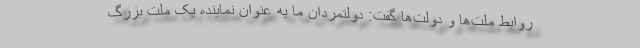
روابط ملت‌ها و دولت‌ها گفت: دولتمردان ما به عنوان نماینده یک ملت بزرگ